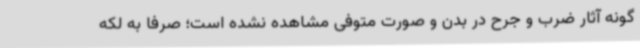
گونه آثار ضرب و جرح در بدن و صورت متوفی مشاهده نشده است؛ صرفا به لکه